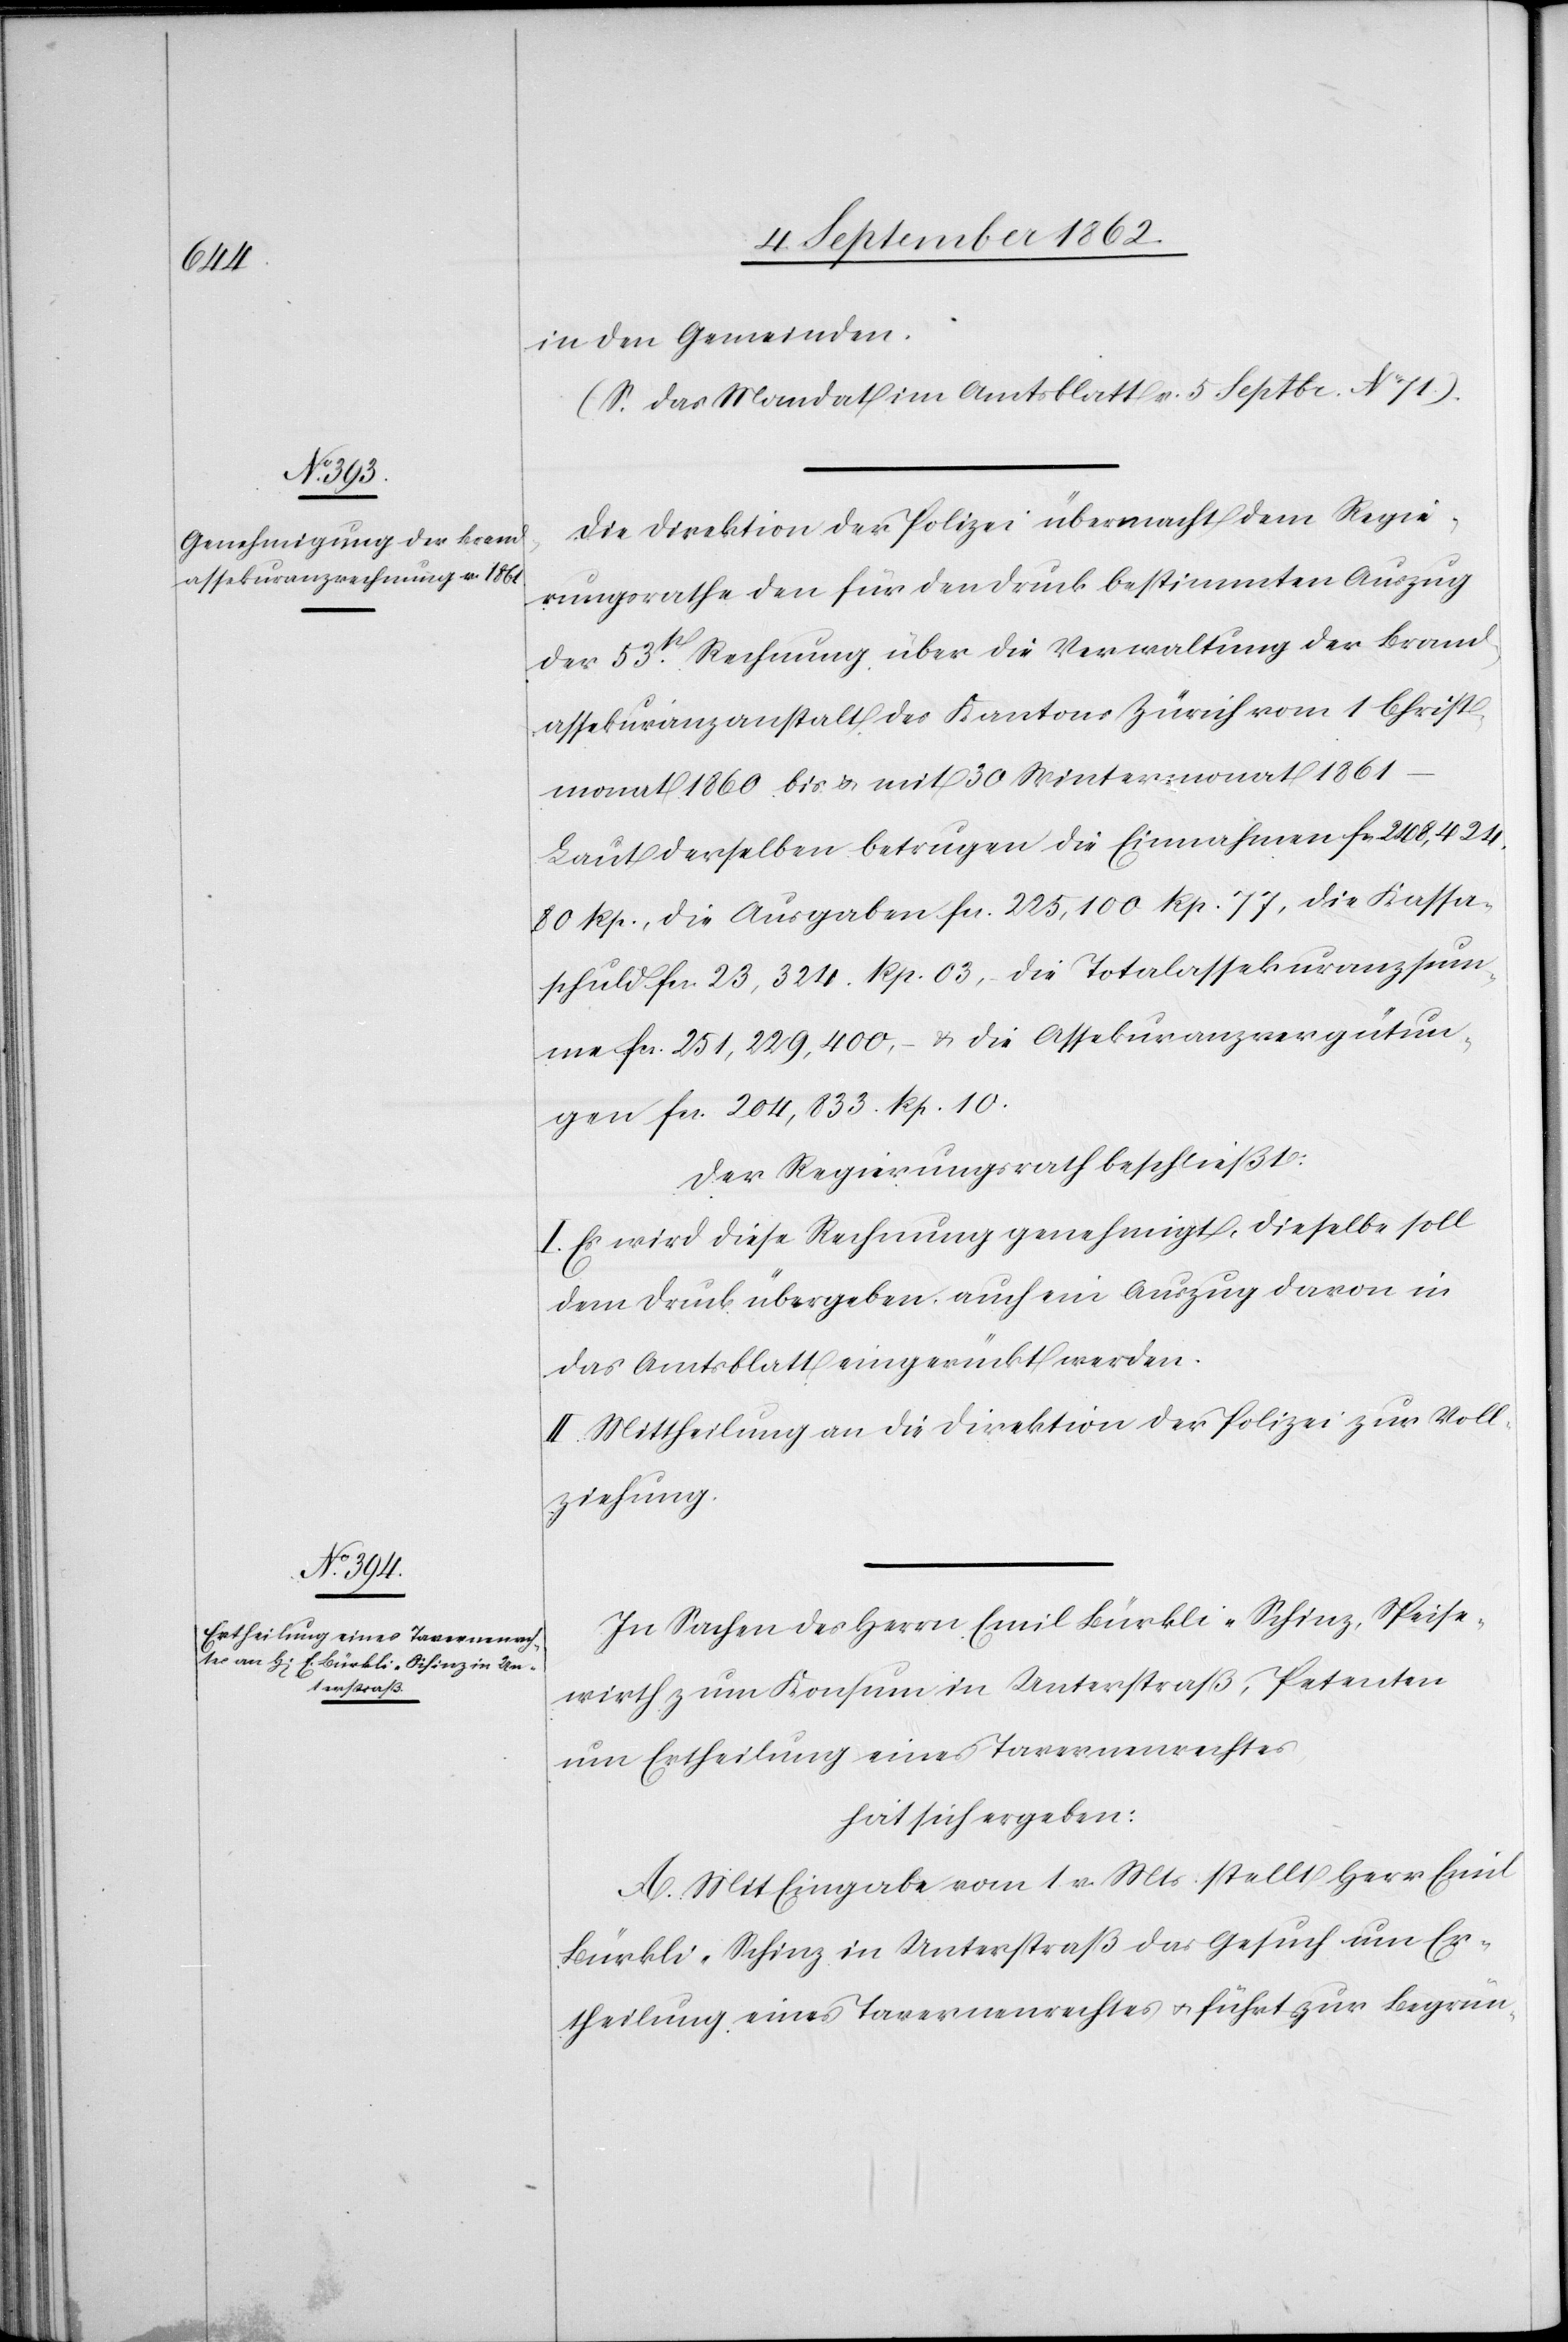
in den Gemeinden.
(S. das Mandat im Amtsblatt v. 5. Sept. No 71)
Die Direktion der Polizei übermacht dem Regie¬
rungsrathe den für den Druck bestimmten Auszug
der 53t Rechnung über die Verwaltung der Brand¬
assekuranzanstalt des Kantons Zürich vom 1. Christ¬
monat 1860 bis u. mit 30. Wintermonat 1861
Laut derselben betrugen die Einnahmen fr. 248,424
80 Rp., die Ausgaben fcs. 225,100 Rp. 77, die Kassa¬
schuld fcs. 23,324. Rp. 03, die Totalassekuranzsum¬
me fcs. 251,229,400,– u. die Assekuranzvergütun¬
gen fcs. 204,833. Rp. 10.
Der Regierungsrath beschließt:
I. Es wird diese Rechnung genehmigt, dieselbe soll
dem Druck übergeben auch ein Auszug davon in
das Amtsblatt eingerückt werden.
II. Mittheilung an die Direktion der Polizei zur Voll¬
ziehung.
In Sachen des Herrn Emil Bürkli-Schinz, Speise¬
wirth zum Konsum in Unterstraß, Petenten
um Ertheilung eines Tavernenrechtes
hat sich ergeben:
A. Mit Eingabe vom 1. v. Mts. stellt Herr Emil
Bürkli-Schinz in Unterstraß das Gesuch um Er¬
theilung eines Tavernenrechtes u. führt zur Begrün-